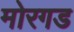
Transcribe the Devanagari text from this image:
मोरगड